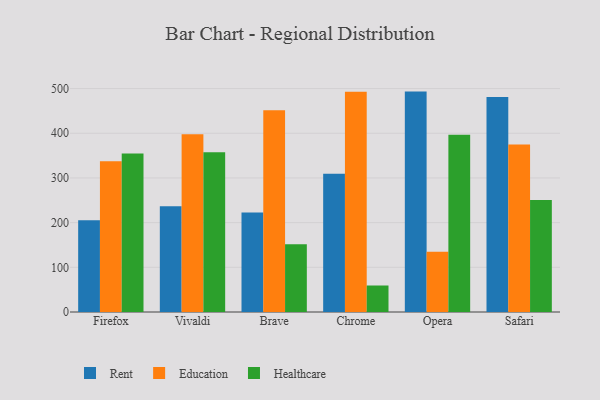
{"axis": {"x": "Browser", "y": "Churn Rate (%)"}, "legend": ["Education", "Healthcare", "Rent"], "data": [{"x": "Firefox", "y": 205.3, "type": "Rent"}, {"x": "Firefox", "y": 337.6, "type": "Education"}, {"x": "Firefox", "y": 354.9, "type": "Healthcare"}, {"x": "Vivaldi", "y": 236.9, "type": "Rent"}, {"x": "Vivaldi", "y": 397.7, "type": "Education"}, {"x": "Vivaldi", "y": 357.4, "type": "Healthcare"}, {"x": "Brave", "y": 222.9, "type": "Rent"}, {"x": "Brave", "y": 451.5, "type": "Education"}, {"x": "Brave", "y": 151.7, "type": "Healthcare"}, {"x": "Chrome", "y": 309.2, "type": "Rent"}, {"x": "Chrome", "y": 492.6, "type": "Education"}, {"x": "Chrome", "y": 59.3, "type": "Healthcare"}, {"x": "Opera", "y": 493.2, "type": "Rent"}, {"x": "Opera", "y": 134.6, "type": "Education"}, {"x": "Opera", "y": 396.4, "type": "Healthcare"}, {"x": "Safari", "y": 481.1, "type": "Rent"}, {"x": "Safari", "y": 375.1, "type": "Education"}, {"x": "Safari", "y": 250.5, "type": "Healthcare"}]}